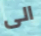
الى